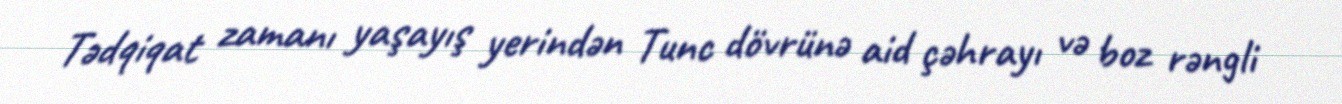
Tədqiqat zamanı yaşayış yerindən Tunc dövrünə aid çəhrayı və boz rəngli